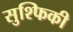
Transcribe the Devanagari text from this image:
सुश्फिकी